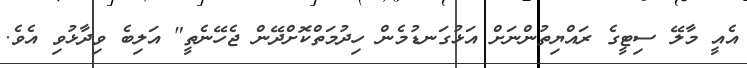
އެއީ މާލޭ ސިޓީގެ ރައްޔިތުންނަށް އަޅުގަނޑުމެން ހިދުމަތްކޮށްދޭން ޖެހޭނެތީ" އަލިބެ ވިދާޅުވި އެވެ.